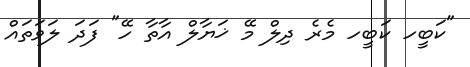
"ކަބީހ ކަބީހ މެރެ ދިލް މޭ ޚަޔާލް އާތާ ހޭ" ފަދަ ލަވަތައް